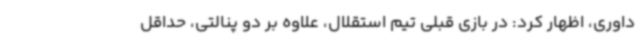
داوری، اظهار کرد: در بازی قبلی تیم استقلال، علاوه بر دو پنالتی، حداقل